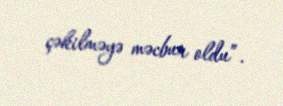
çəkilməyə məcbur oldu”.